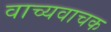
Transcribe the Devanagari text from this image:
वाच्यवाचक